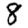
Digit: 8